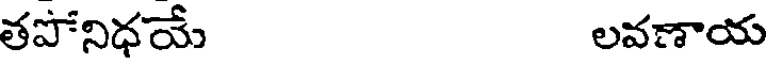
తపోనిధయే లవణాయ